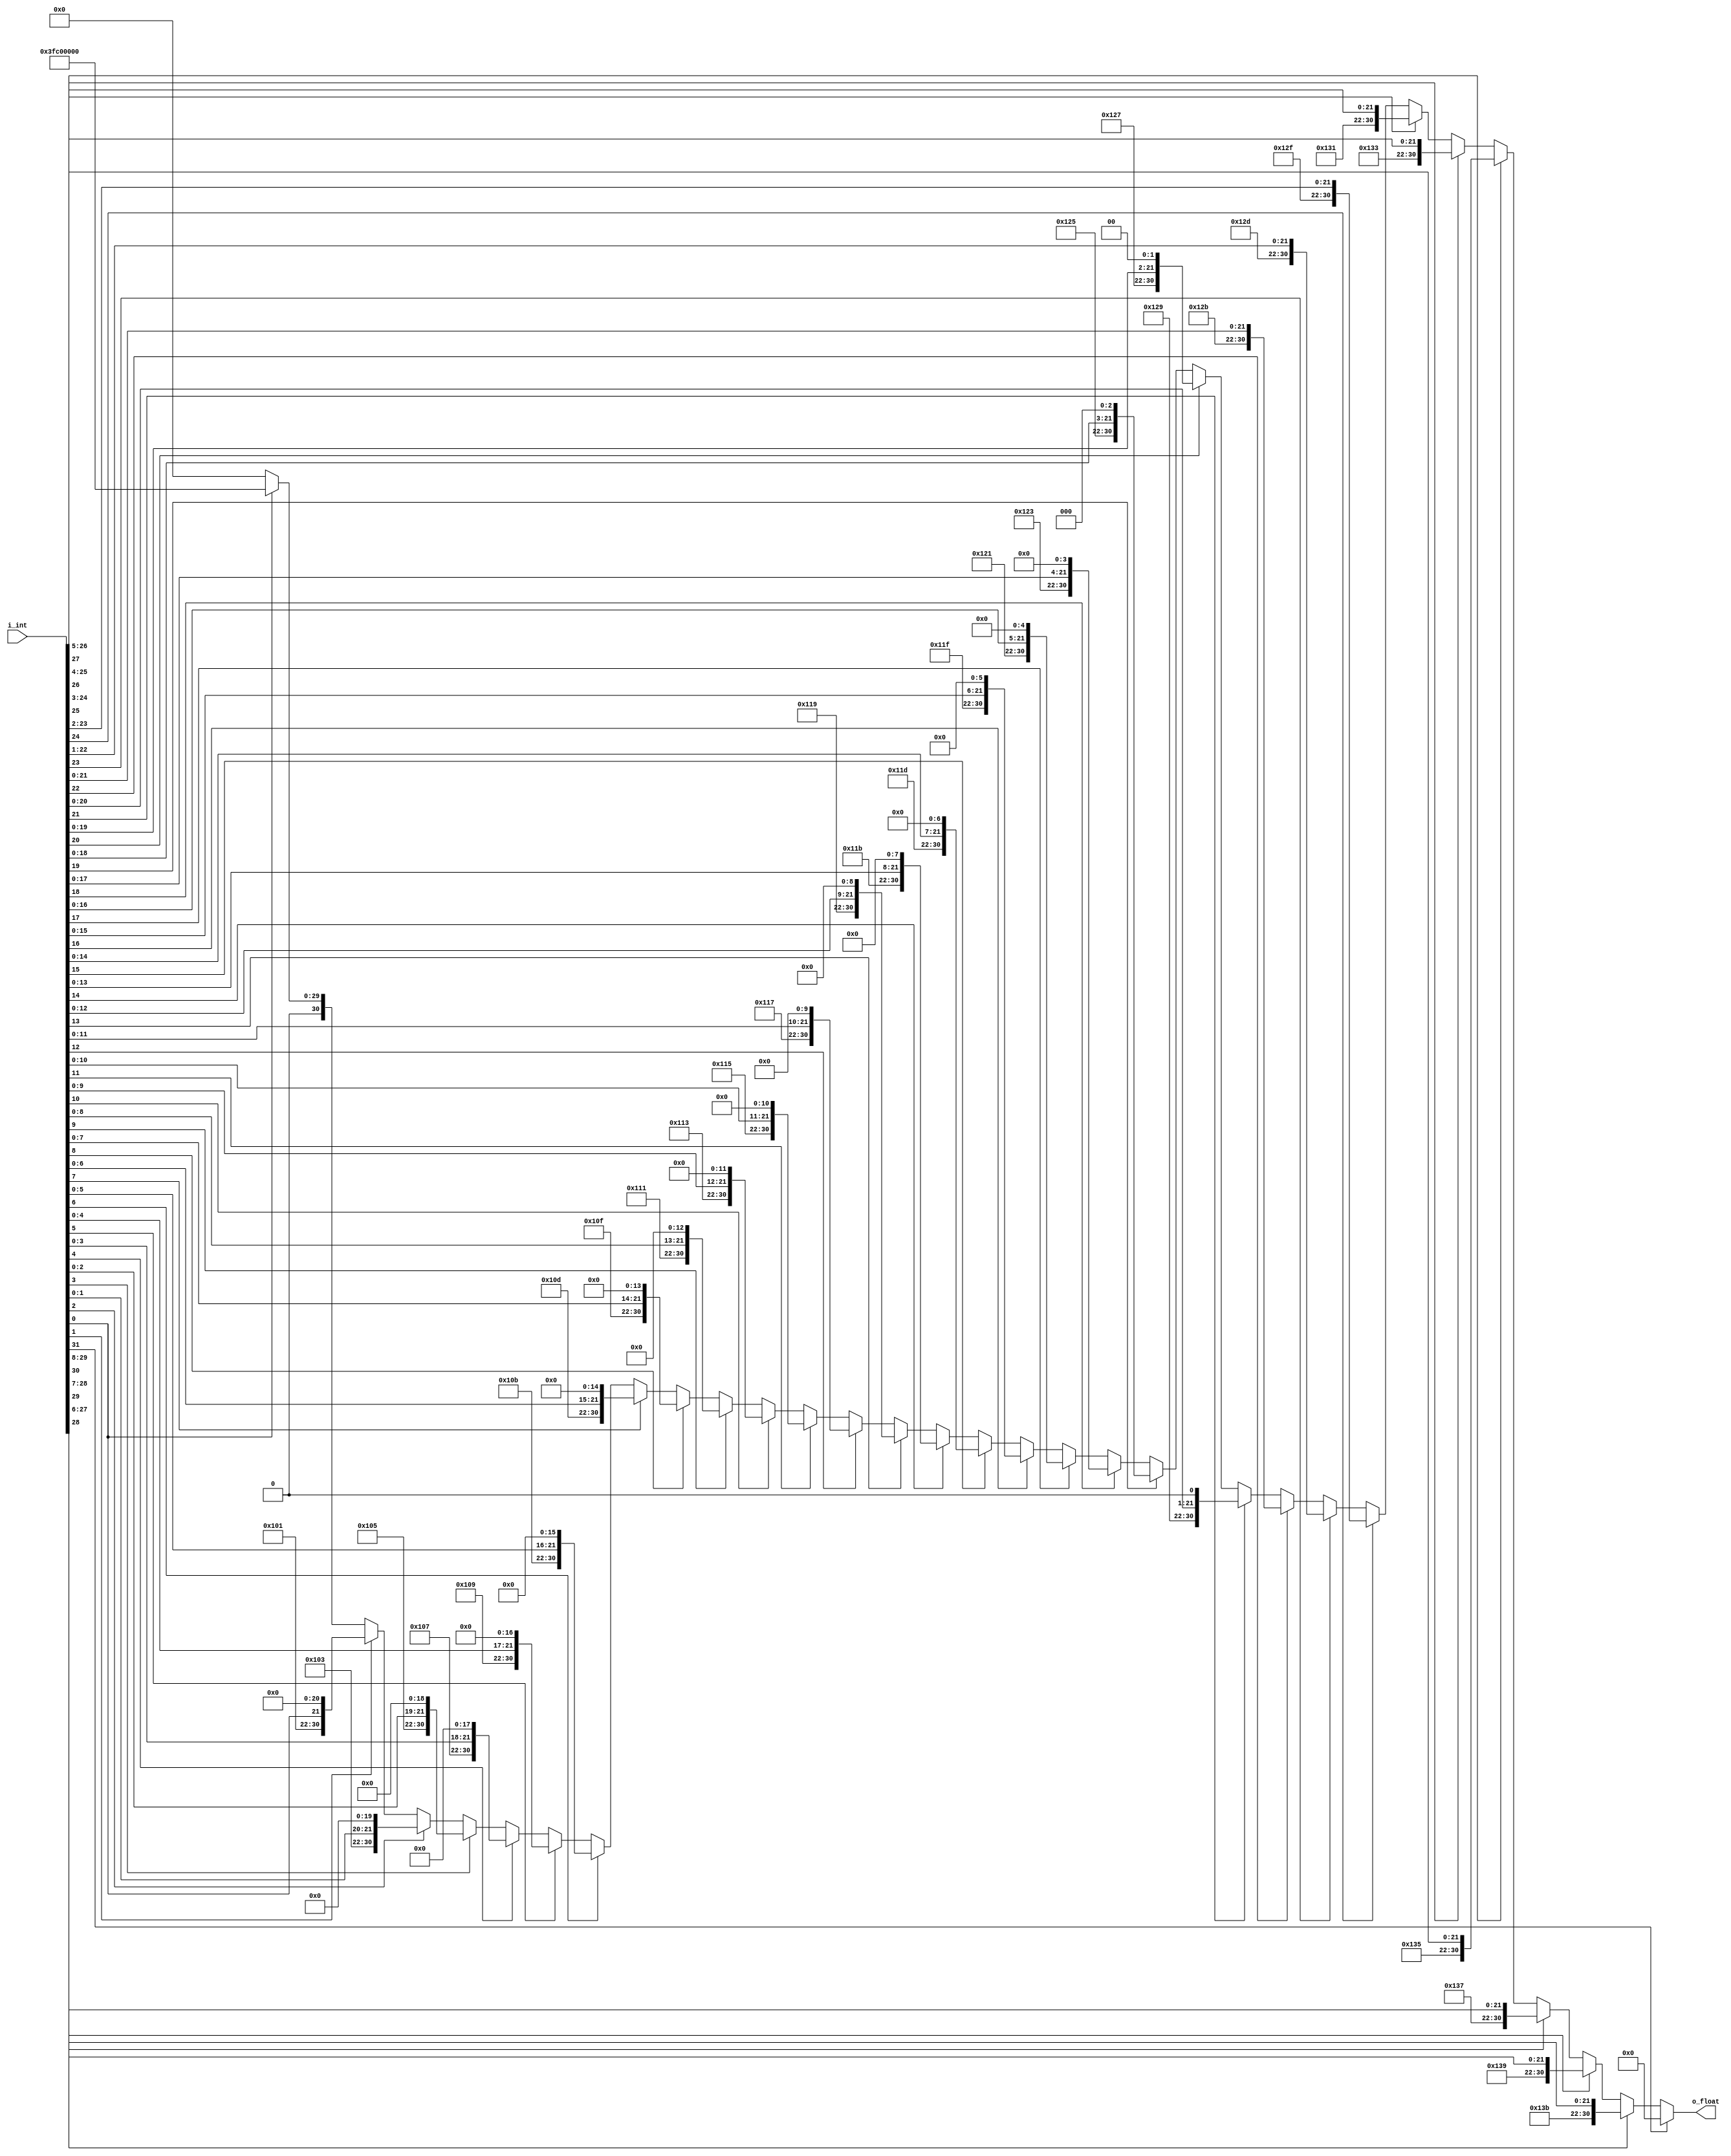
module float_converter(
    input  [31:0] i_int,
    output [30:0] o_float
);

assign o_float = (i_int[31]) ? 31'd0                          : // relu
                 (i_int[30]) ? {(8'd157), i_int[30:8]       } :
                 (i_int[29]) ? {(8'd156), i_int[29:7]       } :
                 (i_int[28]) ? {(8'd155), i_int[28:6]       } :
                 (i_int[27]) ? {(8'd154), i_int[27:5]       } :
                 (i_int[26]) ? {(8'd153), i_int[26:4]       } :
                 (i_int[25]) ? {(8'd152), i_int[25:3]       } :
                 (i_int[24]) ? {(8'd151), i_int[24:2]       } :
                 (i_int[23]) ? {(8'd150), i_int[23:1]       } :
                 (i_int[22]) ? {(8'd149), i_int[22:0]       } :
                 (i_int[21]) ? {(8'd148), i_int[21:0],  1'd0} :
                 (i_int[20]) ? {(8'd147), i_int[20:0],  2'd0} :
                 (i_int[19]) ? {(8'd146), i_int[19:0],  3'd0} :
                 (i_int[18]) ? {(8'd145), i_int[18:0],  4'd0} :
                 (i_int[17]) ? {(8'd144), i_int[17:0],  5'd0} :
                 (i_int[16]) ? {(8'd143), i_int[16:0],  6'd0} :
                 (i_int[15]) ? {(8'd142), i_int[15:0],  7'd0} :
                 (i_int[14]) ? {(8'd141), i_int[14:0],  8'd0} :
                 (i_int[13]) ? {(8'd140), i_int[13:0],  9'd0} :
                 (i_int[12]) ? {(8'd139), i_int[12:0], 10'd0} :
                 (i_int[11]) ? {(8'd138), i_int[11:0], 11'd0} :
                 (i_int[10]) ? {(8'd137), i_int[10:0], 12'd0} :
                 (i_int[9])  ? {(8'd136), i_int[9:0],  13'd0} :
                 (i_int[8])  ? {(8'd135), i_int[8:0],  14'd0} :
                 (i_int[7])  ? {(8'd134), i_int[7:0],  15'd0} :
                 (i_int[6])  ? {(8'd133), i_int[6:0],  16'd0} :
                 (i_int[5])  ? {(8'd132), i_int[5:0],  17'd0} :
                 (i_int[4])  ? {(8'd131), i_int[4:0],  18'd0} :
                 (i_int[3])  ? {(8'd130), i_int[3:0],  19'd0} :
                 (i_int[2])  ? {(8'd129), i_int[2:0],  20'd0} :
                 (i_int[1])  ? {(8'd128), i_int[1:0],  21'd0} :
                 (i_int[0])  ? {(8'd127), i_int[0:0],  22'd0} :
                                                       31'd0;  //zero
endmodule